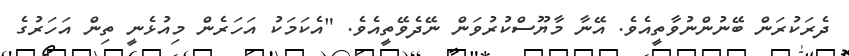
ދެރަކުރަން ބޭނުންނުވާތީއެވެ. އޭނާ މާޔޫސްކުރުވަން ނޭދެވޭތީއެވެ. "އެކަމަކު އަހަރެން މިއުޅެނީ ތިން އަހަރުގެ